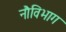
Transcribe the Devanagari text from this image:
नौविभाग